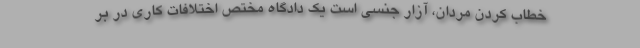
خطاب کردن مردان، آزار جنسی است یک دادگاه مختص اختلافات کاری در بر